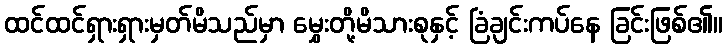
ထင်ထင်ရှားရှားမှတ်မိသည်မှာ မွှေးတို့မိသားစုနှင့် ခြံချင်းကပ်နေ ခြင်းဖြစ်၏။